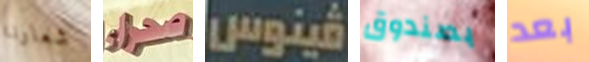
شعارنا صحراء فينوس بصندوق بعد